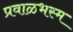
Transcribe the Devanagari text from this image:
प्रवाळभस्म